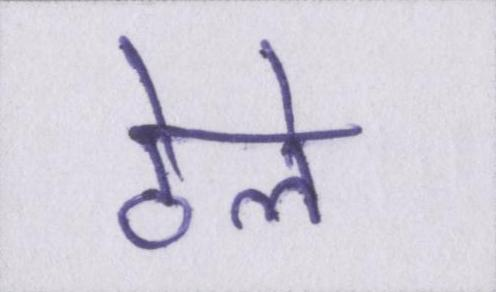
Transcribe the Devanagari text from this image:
ठेले